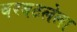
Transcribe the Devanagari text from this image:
बरबटलेला